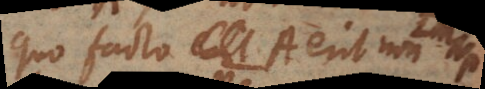
quo facto A erit non